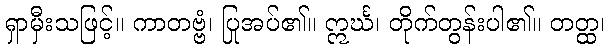
ရှာမှီးသဖြင့်။ ကာတဗ္ဗံ၊ ပြုအပ်၏။ ဣင်္ဃ၊ တိုက်တွန်းပါ၏။ တတ္ထ၊